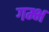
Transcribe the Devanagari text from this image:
गम्भ